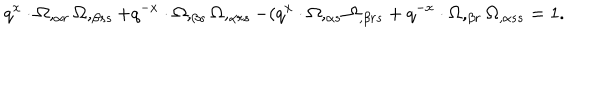
q ^ { x } \cdot \Omega , _ { \alpha r } \Omega , _ { \beta s s } + q ^ { - x } \cdot \Omega , _ { \beta s } \Omega , _ { \alpha r s } - ( q ^ { x } \cdot \Omega , _ { \alpha s } \Omega _ { , \beta r s } + q ^ { - x } \cdot \Omega , _ { \beta r } \Omega _ { , \alpha s s } = 1 .